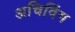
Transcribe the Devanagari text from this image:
अचिविंग